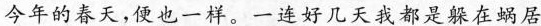
今年的春天，便也一样、一连好几天我都是躲在蜗居